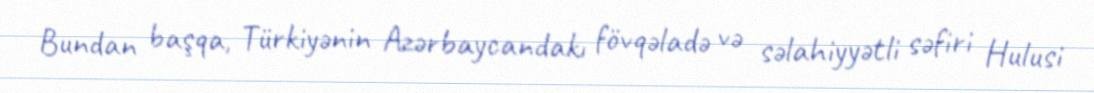
Bundan başqa, Türkiyənin Azərbaycandakı fövqəladə və səlahiyyətli səfiri Hulusi